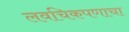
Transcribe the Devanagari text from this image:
लवचिकपणाचा